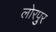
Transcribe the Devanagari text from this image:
लोरपुर